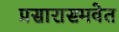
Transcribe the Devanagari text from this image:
प्रसारासमवेत